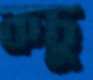
কচু